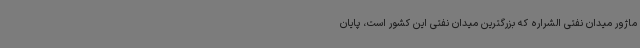
ماژور میدان نفتی الشراره که بزرگترین میدان نفتی این کشور است، پایان